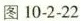
图10-2-22